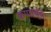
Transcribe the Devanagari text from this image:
कप्पाब्ंद्